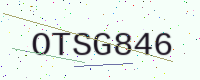
Text: OTSG846